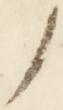
ノ